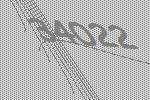
34022